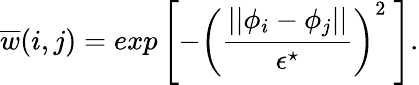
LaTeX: \overline{{w}}(i,j)=exp\left[-\left(\frac{||\phi_{i}-\phi_{j}||}{\epsilon^{\star}}\right)^{2}\ \right].